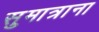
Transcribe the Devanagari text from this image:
सुमात्राना